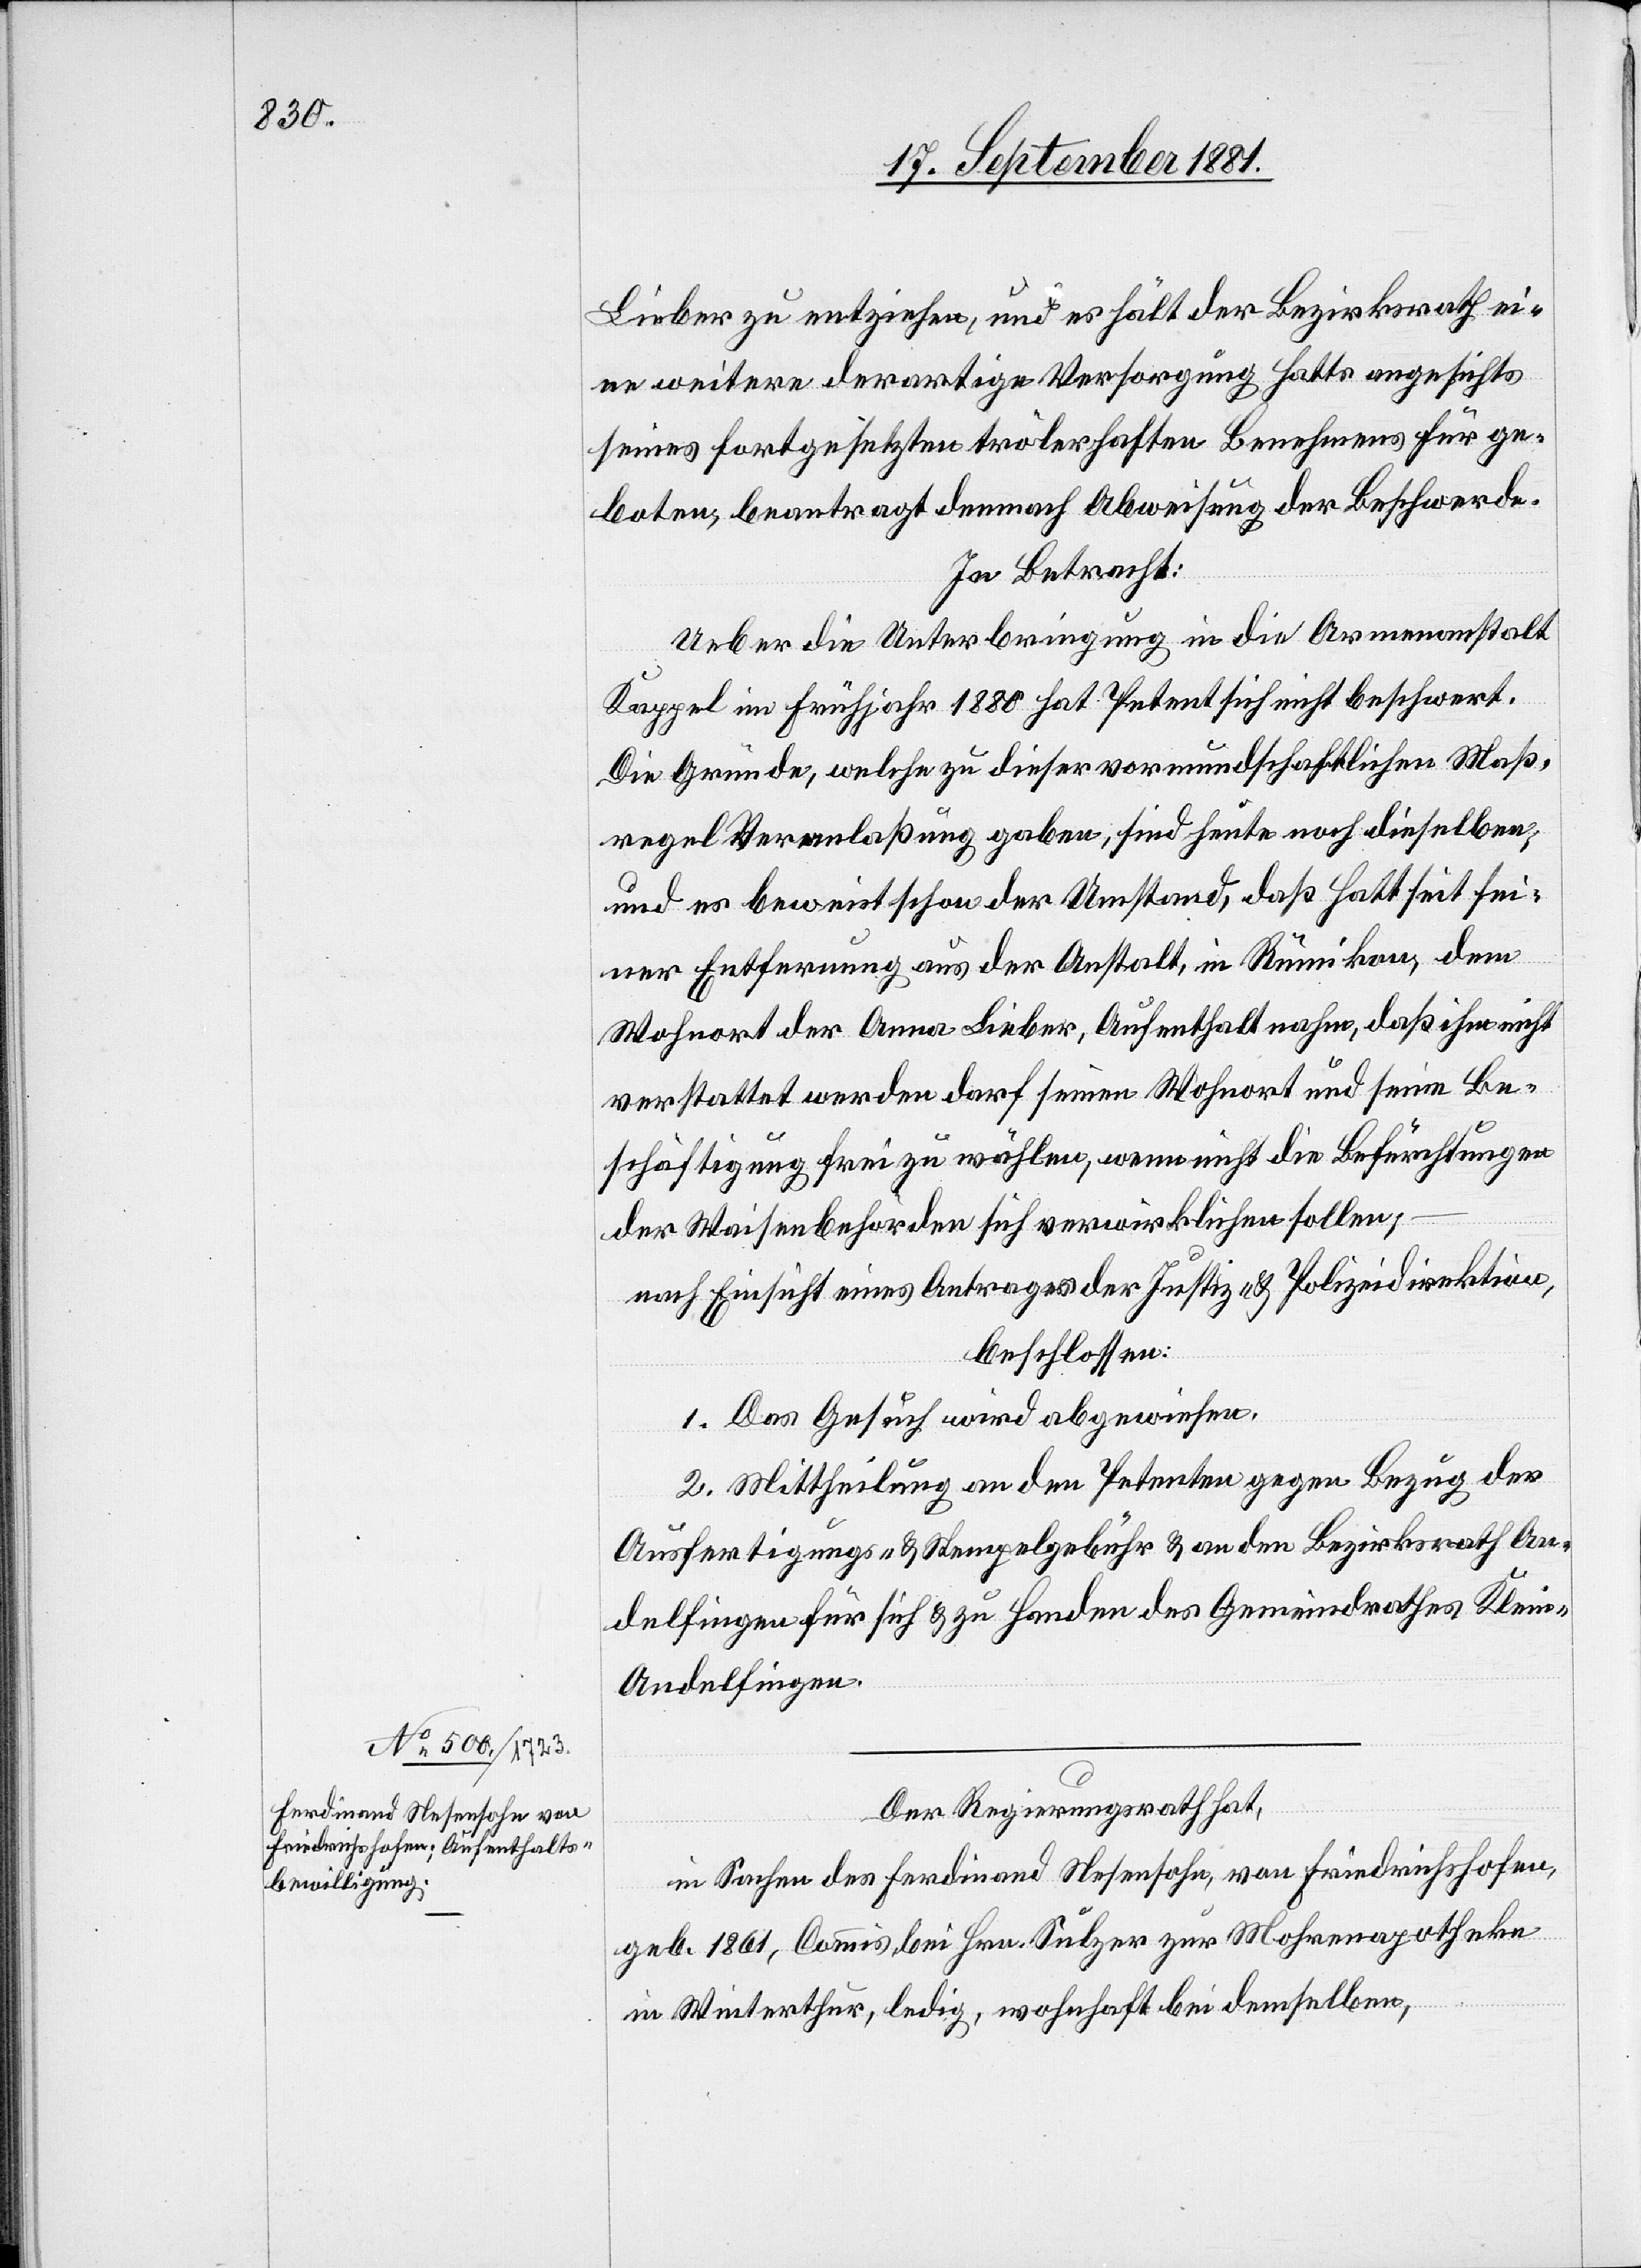
Lieber zu entziehen, und es hält der Bezirksrath ei¬
ne weitere derartige Versorgung Hatts angesichts
seines fortgesetzten trölerhaften Benehmens für ge¬
boten, beantragt demnach Abweisung der Beschwerde.
In Betracht:
Ueber die Unterbringung in die Armenanstalt
Kappel im Frühjahr 1880 hat Petent sich nicht beschwert.
Die Gründe, welche zu dieser vormundschaftlichen Maß¬
regel Veranlaßung gaben, sind heute noch dieselben,
und es beweist schon der Umstand, daß Hatt seit sei¬
ner Entfernung aus der Anstalt, in Rümikon, dem
Wohnort der Anna Lieber, Aufenthalt nahm, daß ihm nicht
verstattet werden darf seinen Wohnort und seine Be¬
schäftigung frei zu wählen, wenn nicht die Befürchtungen
der Waisenbehörde sich verwirklichen sollen;
nach Einsicht eines Antrages der Justiz- & Polizeidirektion,
beschlossen:
1. Das Gesuch wird abgewiesen.
2. Mittheilung an den Petenten gegen Bezug der
Ausfertigungs- & Stempelgebühren & an den Bezirksrath An¬
delfingen für sich & zu Handen des Gemeindrathes Klei¬
n-Andelfingen.
Der Regierungsrath hat,
in Sachen des Ferdinand Nesensohn, von Friedrichshofen,
geb. 1861, Commis bei Hrn. Sulzer zur Mohrenapotheke
in Winterthur, ledig, wohnhaft bei demselben,